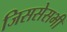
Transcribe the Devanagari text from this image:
जिससेसभी